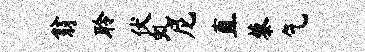
翁聆伏虬尼直藜乞